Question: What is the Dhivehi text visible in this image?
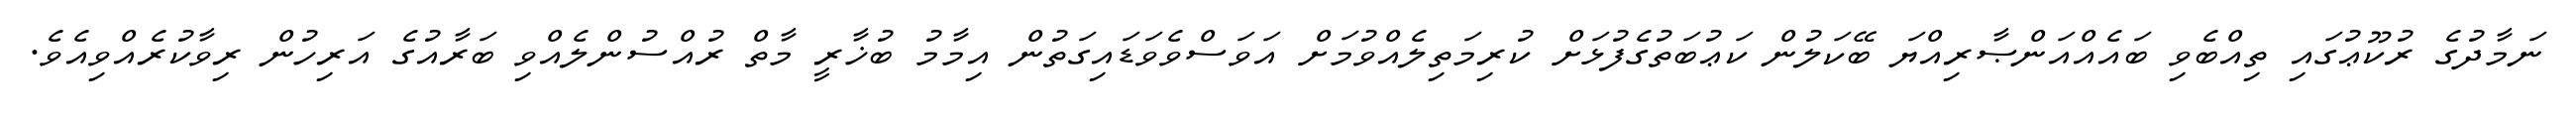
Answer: ނަމާދުގެ ރުކޫޢުގައި ތިއްބެވި ބައެއްއަންޞާރިއްޔަ ބޭކަލުން ކަޢުބަތުގެފުޅަށް ކުރިމަތިލެއްވުމަށް އަވަސްވެވަޑައިގަތުން އިމާމު ބުޚާރީ މާތް ރުއްސުންލެއްވި ބަރާއުގެ އަރިހުން ރިވާކުރެއްވިއެވެ.